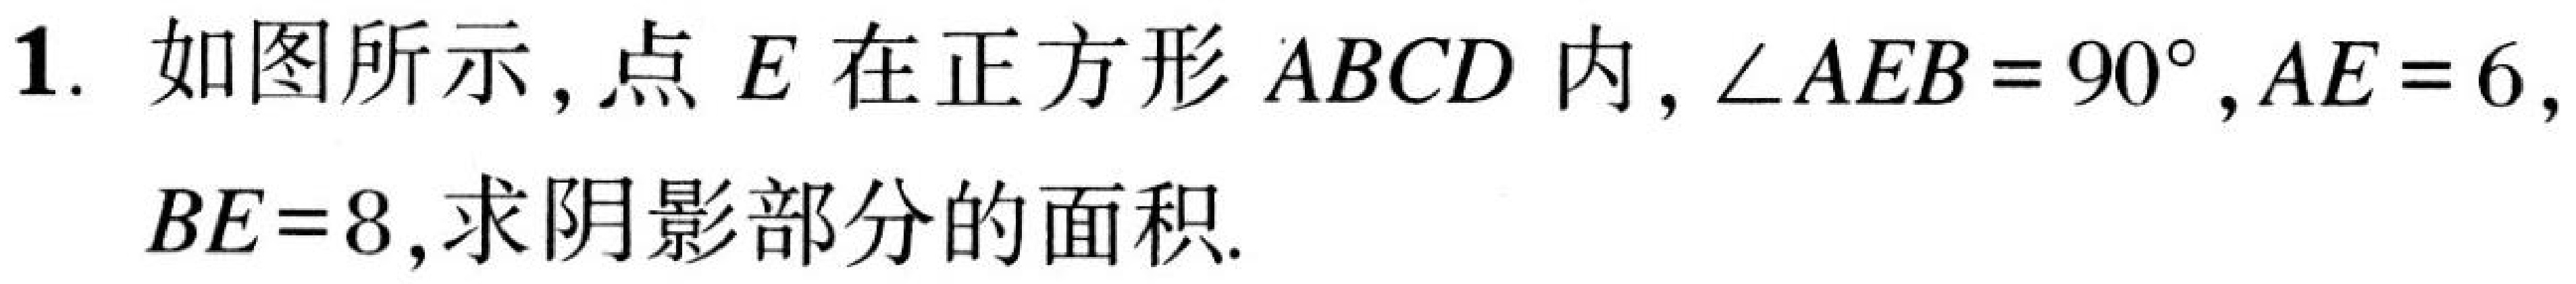
1. 如图所示，点 \(E\) 在正方形 \(ABCD\) 内，\(\angle AEB = 90^{\circ}\)，\(AE = 6\)，\(BE = 8\)，求阴影部分的面积.